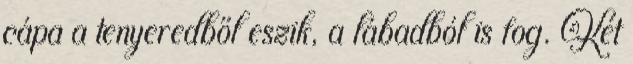
cápa a tenyeredből eszik, a lábadból is fog. Két